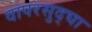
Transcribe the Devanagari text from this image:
वापरसुद्घा